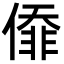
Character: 㒎